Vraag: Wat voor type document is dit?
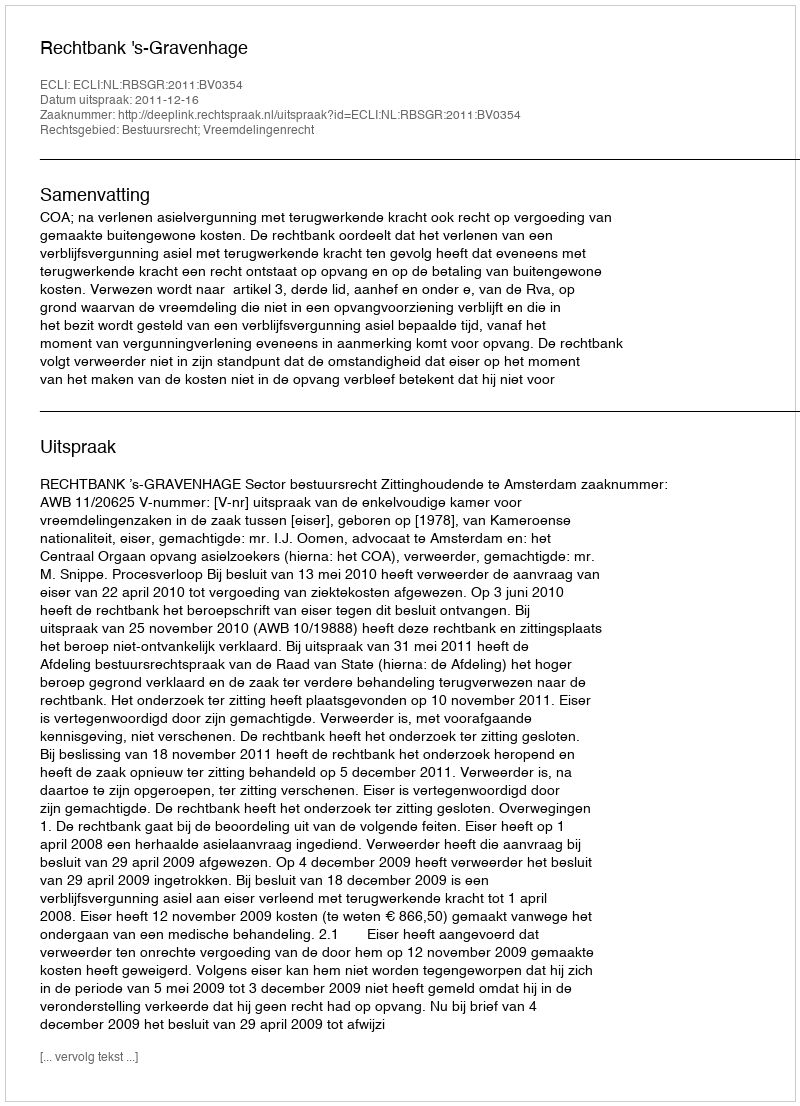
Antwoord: Uitspraak